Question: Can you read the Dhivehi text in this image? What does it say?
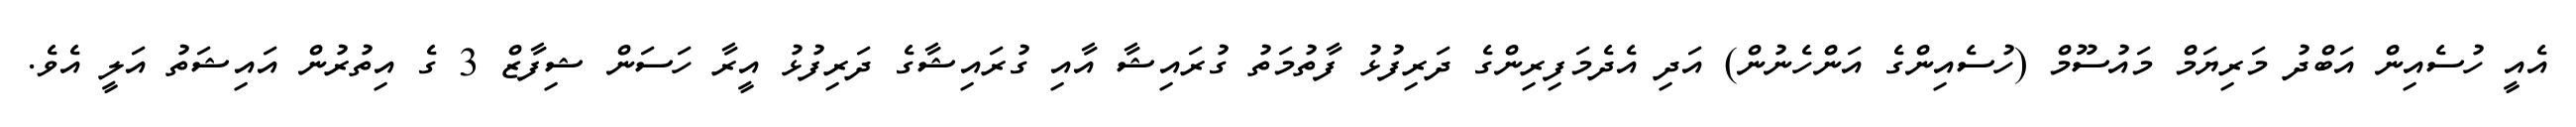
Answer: އެއީ ހުސެއިން އަބްދު މަރިޔަމް މައުސޫމް (ހުސެއިންގެ އަންހެނުން) އަދި އެދެމަފިރިންގެ ދަރިފުޅު ފާތުމަތު ގުރައިޝާ އާއި ގުރައިޝާގެ ދަރިފުޅު އީރާ ހަސަން ޝިފާޒް 3 ގެ އިތުރުން އައިޝަތު އަލީ އެވެ.